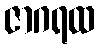
ဇာဂရထ